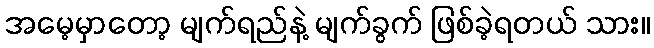
အမေ့မှာတော့ မျက်ရည်နဲ့ မျက်ခွက် ဖြစ်ခဲ့ရတယ် သား။